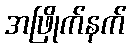
အဖြိုက်နက်